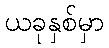
ယခုနှစ်မှာ